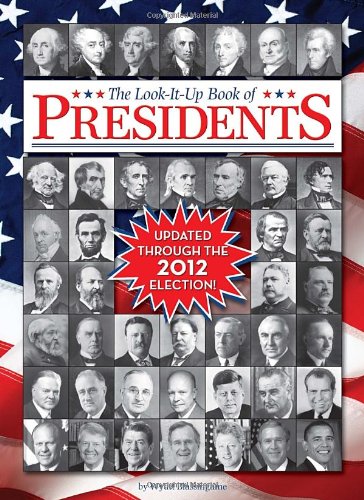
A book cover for The Look-It-up Book of Presidents (Look-It-Up Books); Wyatt Blassingame; Children's Books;